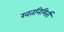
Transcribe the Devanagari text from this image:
खतनिमिर्ती